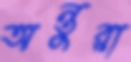
অন্তুরা